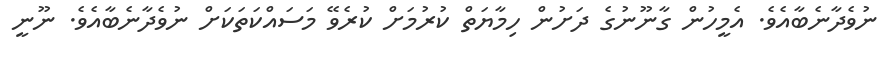
ނުވެދާނެބާއެވެ. އެމީހުން ގާނޫނުގެ ދަށުން ހިމާޔަތް ކުރުމަށް ކުރެވޭ މަސައްކަތަކަށް ނުވެދާނެބާއެވެ. ނޫނީ